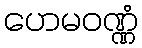
ဟေမဝဏ္ဏံ